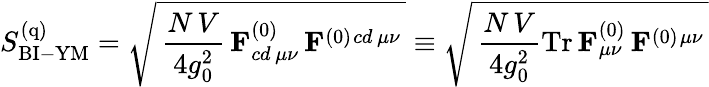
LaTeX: S_{\mathrm{BI-YM}}^{(\mathrm{q})}=\sqrt{\, {\frac{N\, V}{4g_{0}^{2}}}\, \mathbf{F}_{cd\, \mu\nu}^{(0)}\, \mathbf{F}^{(0)}{}^{cd\, \mu\nu}\, }\equiv\sqrt{\, {\frac{N\, V}{4g_{0}^{2}}}\mathrm{Tr}\, \mathbf{F}_{\mu\nu}^{(0)}\, \mathbf{F}^{(0)}{}^{\mu\nu}\, }